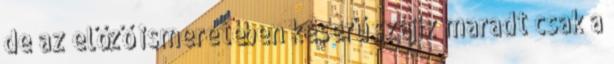
de az előző ismeretében keserű szájíz maradt csak a